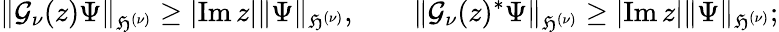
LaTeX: \left\| \mathcal{G}_{\nu}(z)\Psi\right\| _{\mathfrak{H}^{(\nu)}}\geq|\! \operatorname{Im}z|\| \Psi\| _{\mathfrak{H}^{(\nu)}},\qquad\left\| \mathcal{G}_{\nu}(z)^{*}\Psi\right\| _{\mathfrak{H}^{(\nu)}}\geq|\! \operatorname{Im}z|\| \Psi\| _{\mathfrak{H}^{(\nu)}};